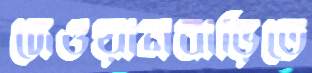
দেওয়ানবাড়িতে